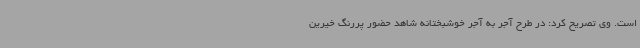
است. وی تصریح کرد: در طرح آجر به آجر خوشبختانه شاهد حضور پررنگ خیرین